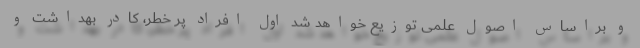
و براساس اصول علمی توزیع خواهد شد اول افراد پر خطر، کادر بهداشت و